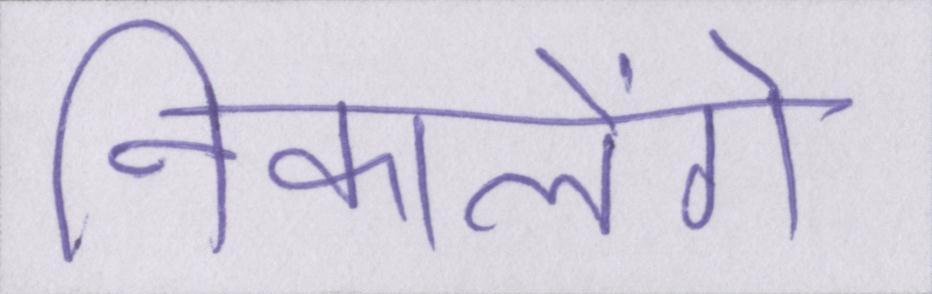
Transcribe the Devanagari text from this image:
निकालेंगे